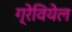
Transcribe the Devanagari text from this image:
ग्रेवियेल